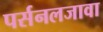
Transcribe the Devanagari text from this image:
पर्सनलजावा